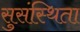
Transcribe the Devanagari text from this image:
सुसंस्थिता